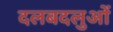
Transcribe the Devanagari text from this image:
दलबदलुओं